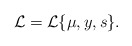
\begin{align*}{\cal L}={\cal L}\{\mu,y,s\} . \end{align*}